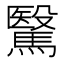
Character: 𩥯